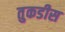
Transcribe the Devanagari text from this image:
तुकडीस